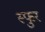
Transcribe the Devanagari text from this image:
स्‍फुर